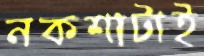
নকশাটাই